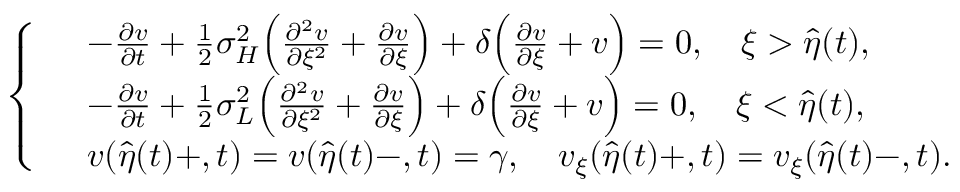
\left\{ \begin{array} { r l } & { - \frac { { \partial } v } { { \partial } t } + \frac 1 2 { \sigma } _ { H } ^ { 2 } \Big ( \frac { { \partial } ^ { 2 } v } { { \partial } \xi ^ { 2 } } + \frac { { \partial } v } { { \partial } \xi } \Big ) + \delta \Big ( \frac { { \partial } v } { { \partial } \xi } + v \Big ) = 0 , \quad \xi > \hat { \eta } ( t ) , } \\ & { - \frac { { \partial } v } { { \partial } t } + \frac 1 2 { \sigma } _ { L } ^ { 2 } \Big ( \frac { { \partial } ^ { 2 } v } { { \partial } \xi ^ { 2 } } + \frac { { \partial } v } { { \partial } \xi } \Big ) + \delta \Big ( \frac { { \partial } v } { { \partial } \xi } + v \Big ) = 0 , \quad \xi < \hat { \eta } ( t ) , } \\ & { v ( \hat { \eta } ( t ) + , t ) = v ( \hat { \eta } ( t ) - , t ) = \gamma , \quad v _ { \xi } ( \hat { \eta } ( t ) + , t ) = v _ { \xi } ( \hat { \eta } ( t ) - , t ) . } \end{array} \right.